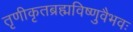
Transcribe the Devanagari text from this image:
तृणीकृतब्रह्मविष्णुवैभवः